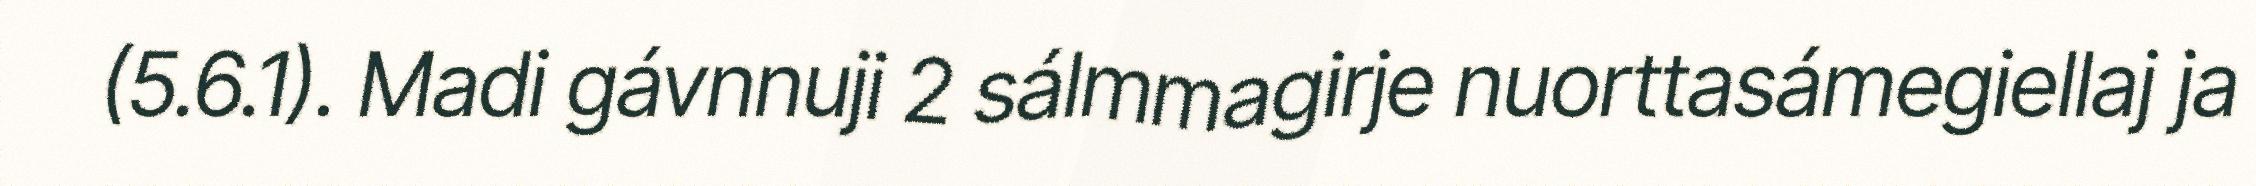
(5.6.1). Madi gávnnuji 2 sálmmagirje nuorttasámegiellaj ja